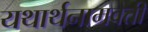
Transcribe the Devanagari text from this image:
यथार्थनामवती